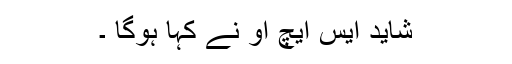
شاید ایس ایچ او نے کہا ہوگا ۔